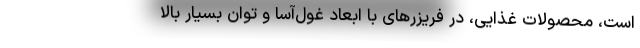
است، محصولات غذایی، در فریزرهای با ابعاد غول‌آسا و توان بسیار بالا